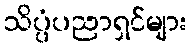
သိပ္ပံပညာရှင်များ